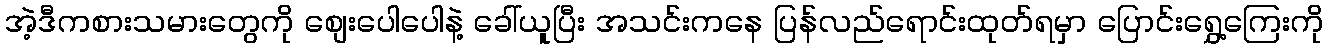
အဲ့ဒီကစားသမားတွေကို စျေးပေါပေါနဲ့ ခေါ်ယူပြီး အသင်းကနေ ပြန်လည်ရောင်းထုတ်ရမှာ ပြောင်းရွှေ့ကြေးကို